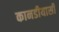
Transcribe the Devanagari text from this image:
कानडीयासी